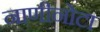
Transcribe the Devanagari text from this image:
नाणीनोटा